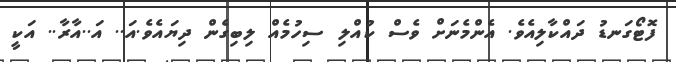
ފޮޓޯގަނޑު ދައްކާލިއެވެ. އެންމެނަށް ވެސް ކުއްލި ސިހުމެއް ލިބިގެން ދިޔައެވެ.އަ.. އަ..އާރާ.. އަކީ